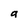
Character: a